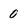
Character: 0